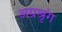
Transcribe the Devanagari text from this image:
अग्रश्रृंग